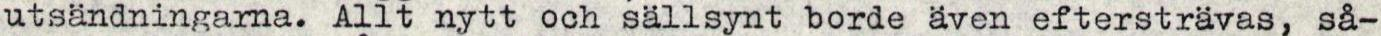
utsändningarna. Allt nytt och sällsynt borde även eftersträvas, så-